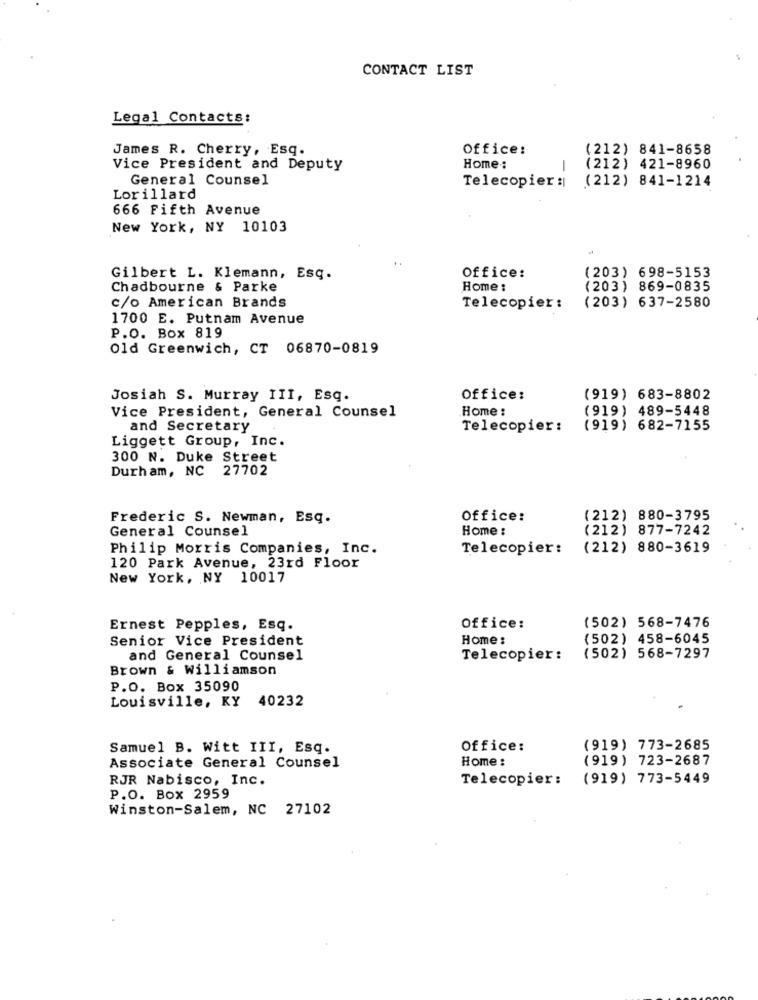
CONTACT LIST
Legal Contacts:
James R. Cherry, Esq.
Office:
(212) 841-8658
Vice President and Deputy
Home :
-
(212) 421-8960
General Counsel
(212) 841-1214
Telecopier :|
Lorillard
666 Fifth Avenue
New York, NY 10103
..
Gilbert L. Klemann, Esq.
Office:
(203) 698-5153
Chadbourne & Parke
Home :
(203) 869-0835
c/o American Brands
Telecopier:
(203) 637-2580
1700 E. Putnam Avenue
P.O. Box 819
Old Greenwich, CT 06870-0819
Josiah S. Murray III, Esq.
Office:
(919) 683-8802
Vice President, General Counsel
Home :
(919) 489-5448
and Secretary
Telecopier:
(919) 682-7155
Liggett Group, Inc.
300 N. Duke Street
Durham, NC 27702
Frederic S. Newman, Esq.
Office:
(212) 880-3795
General Counsel
Home :
(212) 877-7242
Philip Morris Companies, Inc.
Telecopier:
(212) 880-3619
120 Park Avenue, 23rd Floor
New York, NY 10017
(502) 568-7476
Ernest Pepples, Esq.
Office:
Senior Vice President
Home:
(502) 458-6045
and General Counsel
Telecopier:
(502) 568-7297
Brown & Williamson
P.O. Box 35090
Louisville, KY
40232
Samuel B. Witt III, Esq.
Office:
(919) 773-2685
Associate General Counsel
Home :
(919) 723-2687
RJR Nabisco, Inc.
Telecopier:
(919) 773-5449
P.O. Box 2959
Winston-Salem, NC 27102